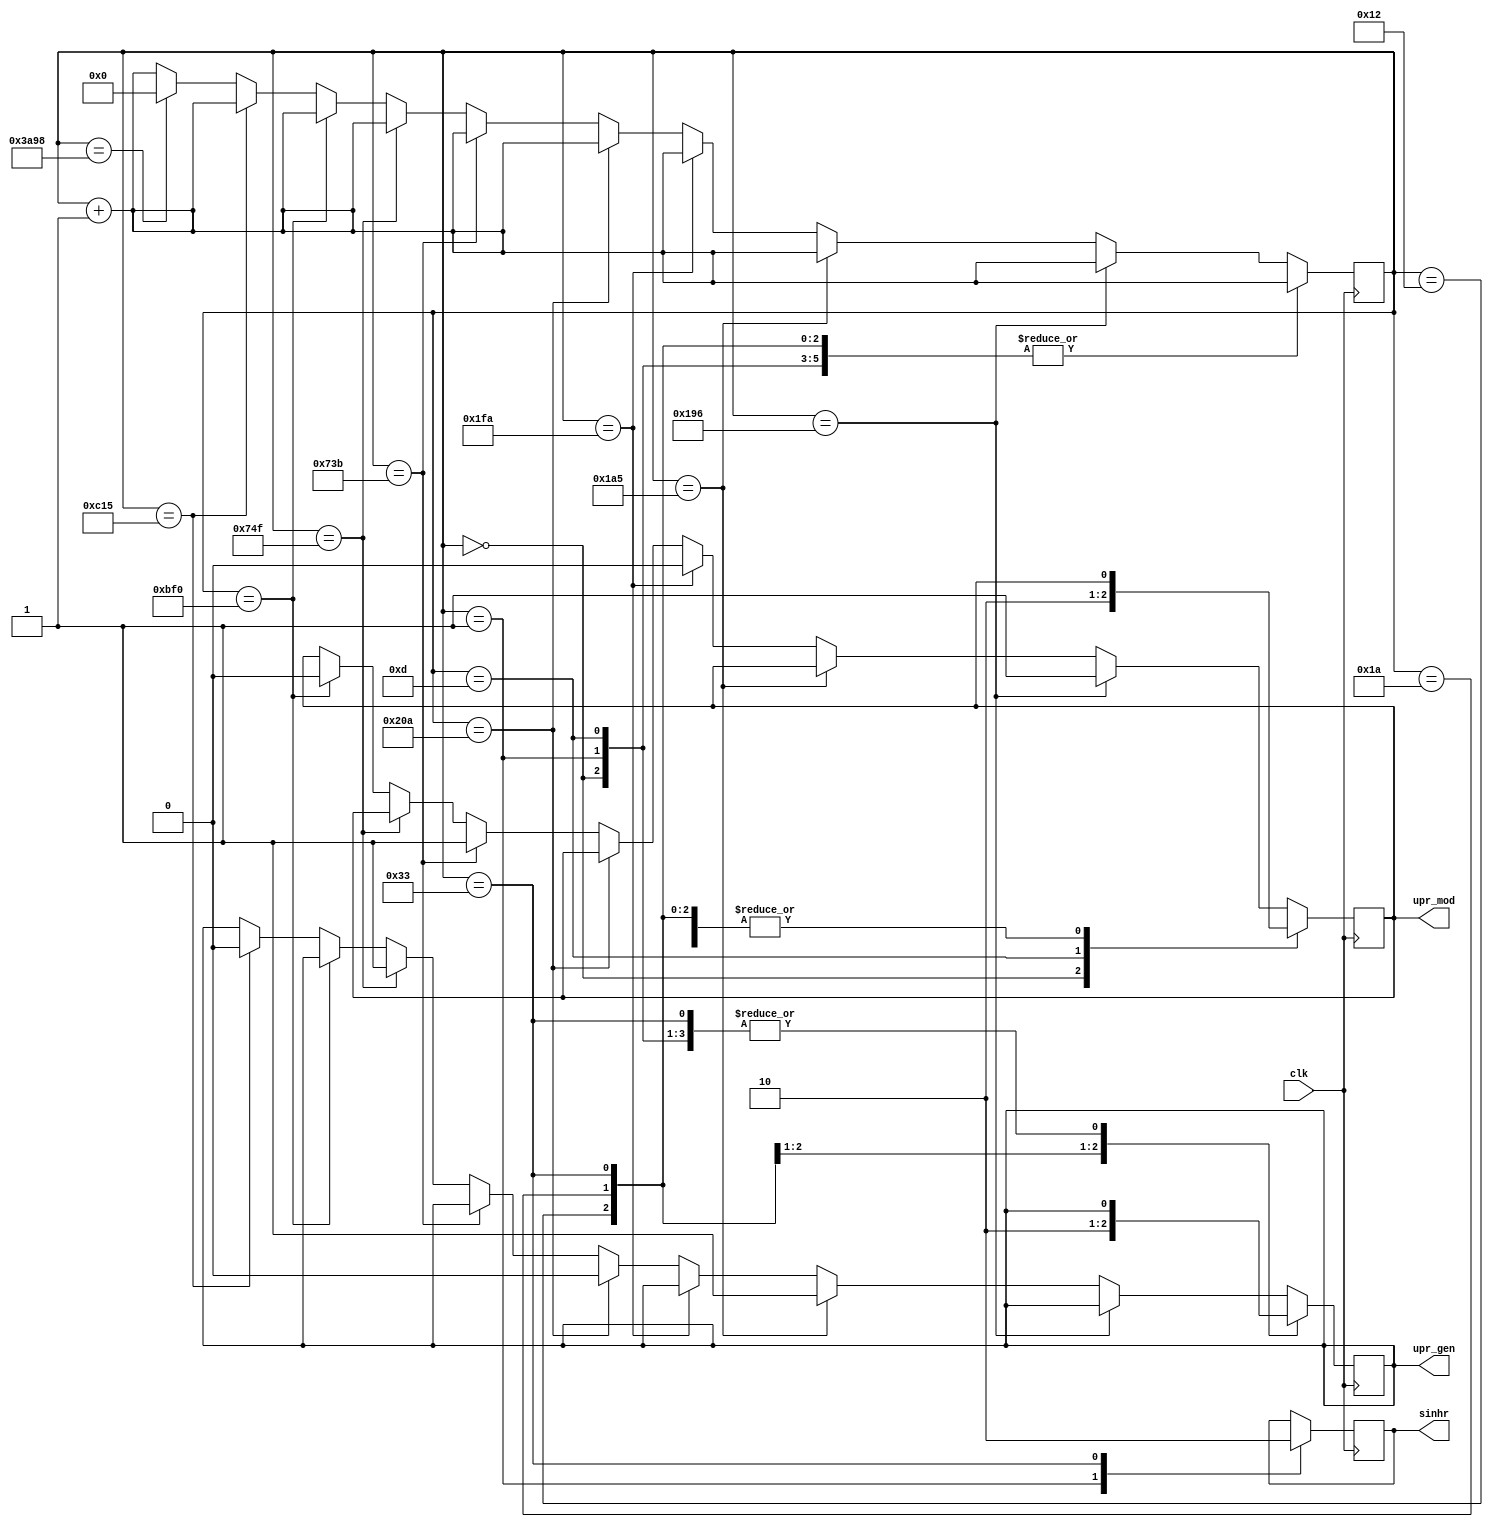
module dmrl3_signals2(
			input clk,
			output reg upr_mod,
			output reg upr_gen,
			output reg sinhr
			); 
			
reg [14:0]timer;		
integer const1 = 50;

always @(posedge clk) begin    
	timer <= timer + 1'd1;
	case(timer)
	0:  upr_mod <= 1;
	1:	sinhr <= 1;
	13: upr_mod <= 0;
	18: upr_gen <= 1;
	26: upr_gen <= 0;
	51: sinhr <= 0;
	356 + const1: upr_mod <= 1;
	371 + const1: upr_gen <= 1;
	456 + const1: upr_mod <= 0;
	472 + const1: upr_gen <= 0;
	1801 + const1: upr_mod <= 1;
	1821 + const1: upr_gen <= 1;
	3006 + const1: upr_mod <= 0;
	3043 + const1: upr_gen <= 0;
	15000: timer <= 0;
	endcase
end
endmodule